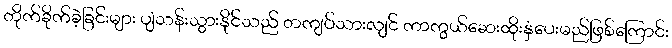
တိုက်ခိုက်ခဲ့ခြင်းများ ပျံသန်းသွားနိုင်သည် တကျပ်သားလျင် ကာကွယ်ဆေးထိုးနှံပေးမည်ဖြစ်ကြောင်း